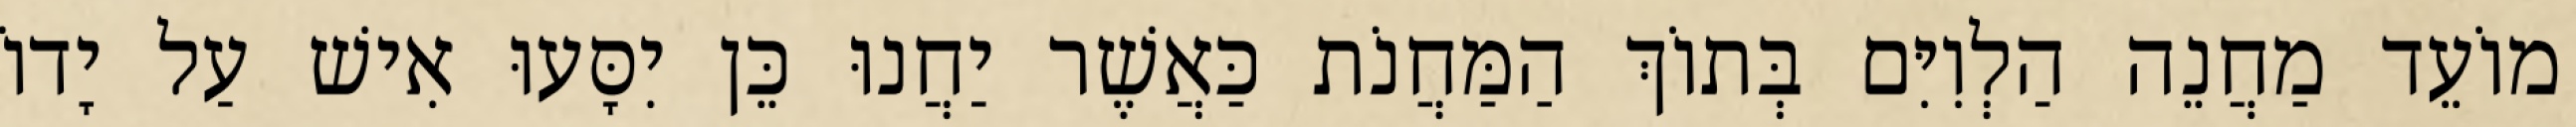
מוֹעֵד מַחֲנֵה הַלְוִיִּם בְּתוֹךְ הַמַּחֲנֹת כַּאֲשֶׁר יַחֲנוּ כֵּן יִסָּעוּ אִישׁ עַל יָדוֹ